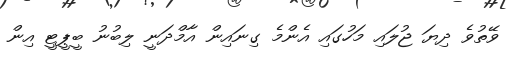
ވޭތުވެ ދިޔަ ޖުލައި މަހުގައި އެންމެ ގިނައިން އާމްދަނީ ލިބުނު ބީޕީޓީ އިން